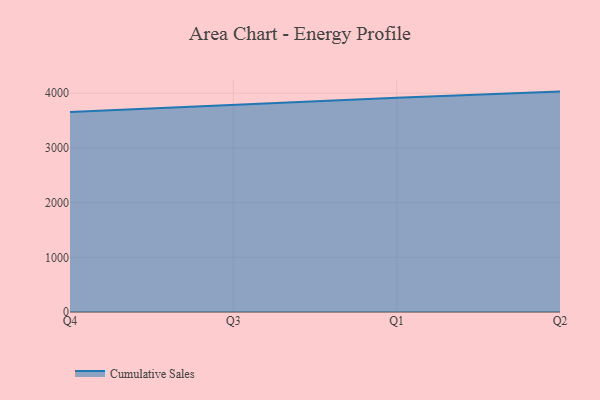
{"axis": {"x": "Quarter", "y": "Revenue (USD Million)"}, "legend": ["Cumulative Sales"], "data": [{"x": "Q4", "y": 3656.9, "type": "Cumulative Sales"}, {"x": "Q3", "y": 3787.5, "type": "Cumulative Sales"}, {"x": "Q1", "y": 3917.5, "type": "Cumulative Sales"}, {"x": "Q2", "y": 4029.2, "type": "Cumulative Sales"}]}